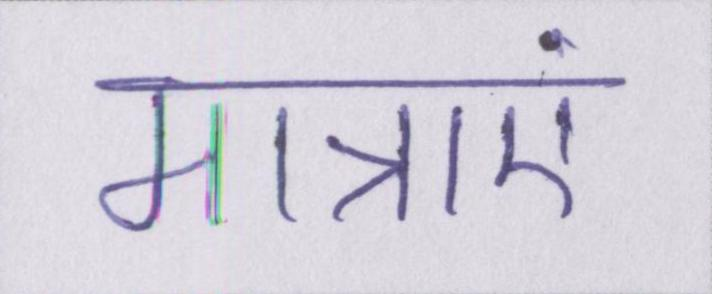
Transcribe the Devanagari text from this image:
मात्राएं